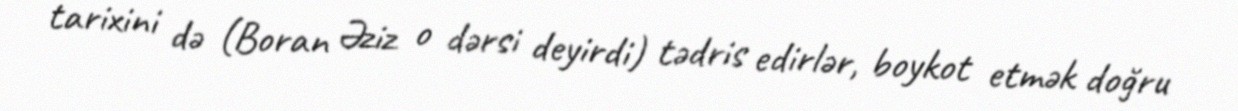
tarixini də (Boran Əziz o dərsi deyirdi) tədris edirlər, boykot etmək doğru